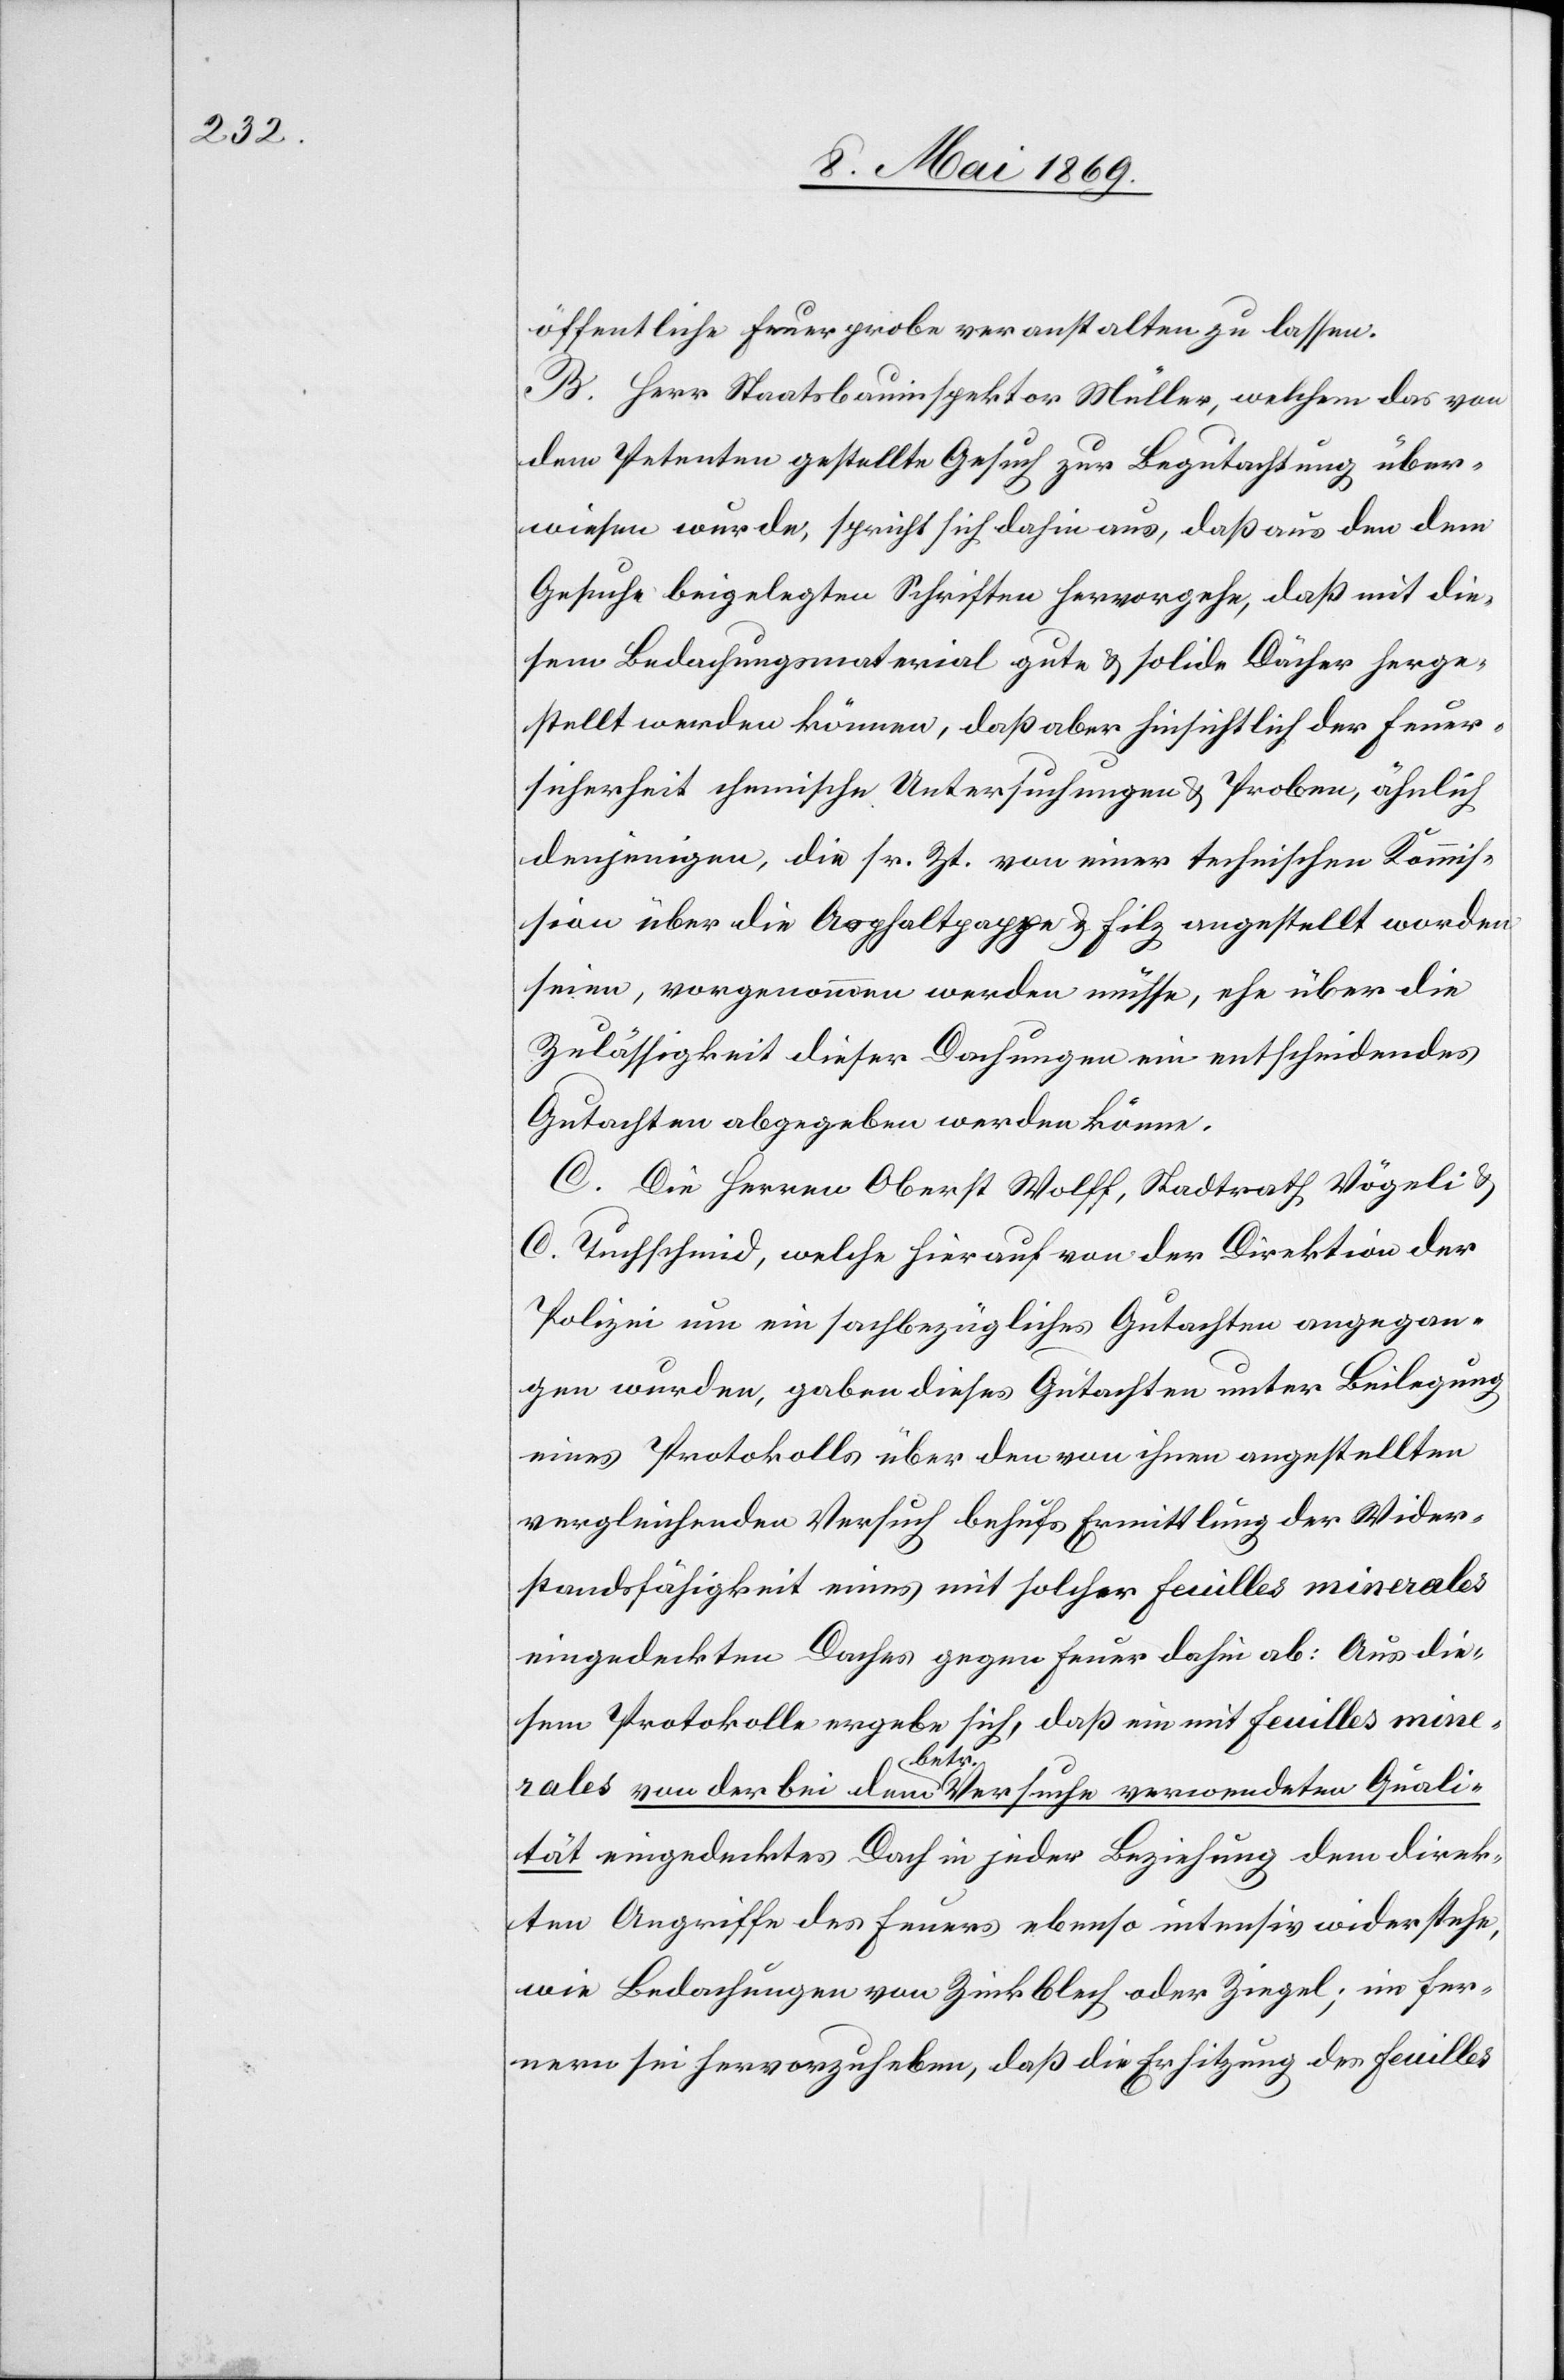
öffentliche Feuerprobe veranstalten zu lassen.
B. Herr Staatsbauinspektor Müller, welchem das von
dem Petenten gestellte Gesuch zur Begutachtung über¬
wiesen wurde, spricht sich dahin aus, daß aus den dem
Gesuche beigelegten Schriften hervorgehe, daß mit die¬
sem Bedachungsmaterial gute u. solide Dächer herge¬
stellt werden könne, daß aber hinsichtlich der Feuer¬
sicherheit technische Untersuchungen u. Proben, ähnlich
denjenigen, die sr. Zt. von einer technischen Kommis¬
sion über die Asphaltpappe u. Filz angestellt worden
seien, vorgenommen werden müsse, ehe über die
Zulässigkeit dieser Dachungen ein entscheidendes
Gutachten abgegeben werden könne.
C. Die Herren Oberst Wolff, Stadtrath Vögeli u.
C. Tuchschmid, welche hierauf von der Direktion der
Polizei um ein sachbezügliches Gutachten angegan¬
gen werden, gaben dieses Gutachten unter Beilegung
eines Protokolls über den von ihnen angestellten
vergleichenden Versuch behufs Ermittlung der Wider¬
standsfähigkeit eines mit solcher feuilles minerales
eingedeckten Daches gegen Feuer dahin ab: Aus die¬
sem Protokolle ergebe sich, daß ein mit feuilles mine¬
rales von der bei dem betr. Versuche verordneten Quali¬
tät eingedecktes Dach in jeder Beziehung dem direk¬
ten Angriffe des Feuers ebenso intensiv widerstehe,
wie Bedachungen von Zinkblech oder Ziegel; im Fer¬
nern sei hervorzuheben, daß die Erhitzung des feuilles